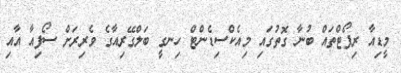
މީޑިއާ ރިޕޯޓްތައް ބުނާ ގޮތުގައި މިއެކްސިޑެންޓް ހިނގީ ބަލްގޭރިއާގެ ވެރިރަށް ސޯފިއާ އާއި